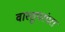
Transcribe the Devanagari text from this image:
वास्तुपरंपरा